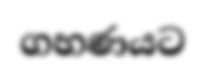
ගහණයට